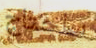
ساحتاج